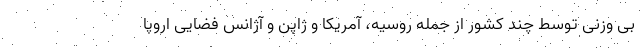
بی وزنی توسط چند کشور از جمله روسیه، آمریکا و ژاپن و آژانس فضایی اروپا